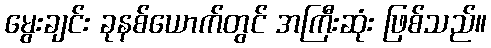
မွေးချင်း ခုနစ်ယောက်တွင် အကြီးဆုံး ဖြစ်သည်။